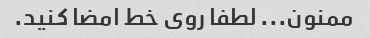
ممنون... لطفا روی خط امضا کنید.